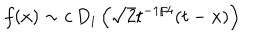
LaTeX: f ( x ) \sim c \, D _ { i } \left( \sqrt { 2 } t ^ { - 1 / 4 } ( t - x ) \right)